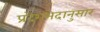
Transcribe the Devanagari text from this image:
प्रदेशभेदानुसार